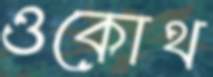
ওকোথ